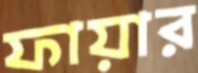
ফায়ার